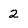
Character: 2